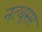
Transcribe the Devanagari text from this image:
नत्थूसर